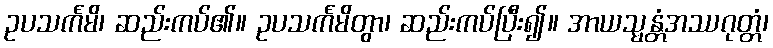
ဥပသင်္ကမိ၊ ဆည်းကပ်၏။ ဥပသင်္ကမိတွာ၊ ဆည်းကပ်ပြီး၍။ အာယသ္မန္တံအဿဂုတ္တံ၊